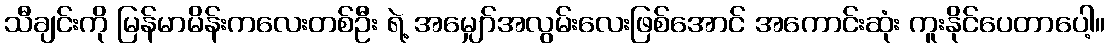
သီချင်းကို မြန်မာမိန်းကလေးတစ်ဦး ရဲ့ အမျှော်အလွမ်းလေးဖြစ်အောင် အကောင်းဆုံး ကူးနိုင်ပေတာပေါ့။